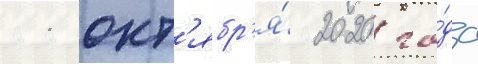
11 окт'ябр'я́ 2020 го́да